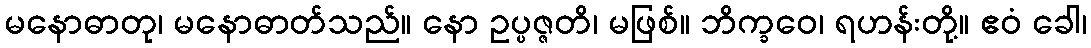
မနောဓာတု၊ မနောဓာတ်သည်။ နော ဥပ္ပဇ္ဇတိ၊ မဖြစ်။ ဘိက္ခဝေ၊ ရဟန်းတို့။ ဧဝံ ခေါ၊